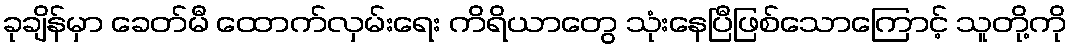
ခုချိန်မှာ ခေတ်မီ ထောက်လှမ်းရေး ကိရိယာတွေ သုံးနေပြီဖြစ်သောကြောင့် သူတို့ကို